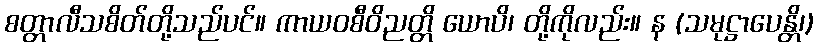
စတ္တာလီသစိတ်တို့သည်ပင်။ ကာယဝစီဝိညတ္တိ ယောပိ၊ တို့ကိုလည်း။ န (သမုဋ္ဌာပေန္တိ၊)